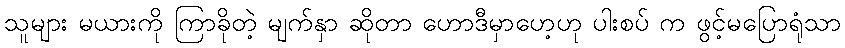
သူများ မယားကို ကြာခိုတဲ့ မျက်နှာ ဆိုတာ ဟောဒီမှာဟေ့ဟု ပါးစပ် က ဖွင့်မပြောရုံသာ